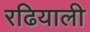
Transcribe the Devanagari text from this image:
रढियाली